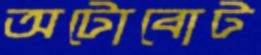
অটোবোট